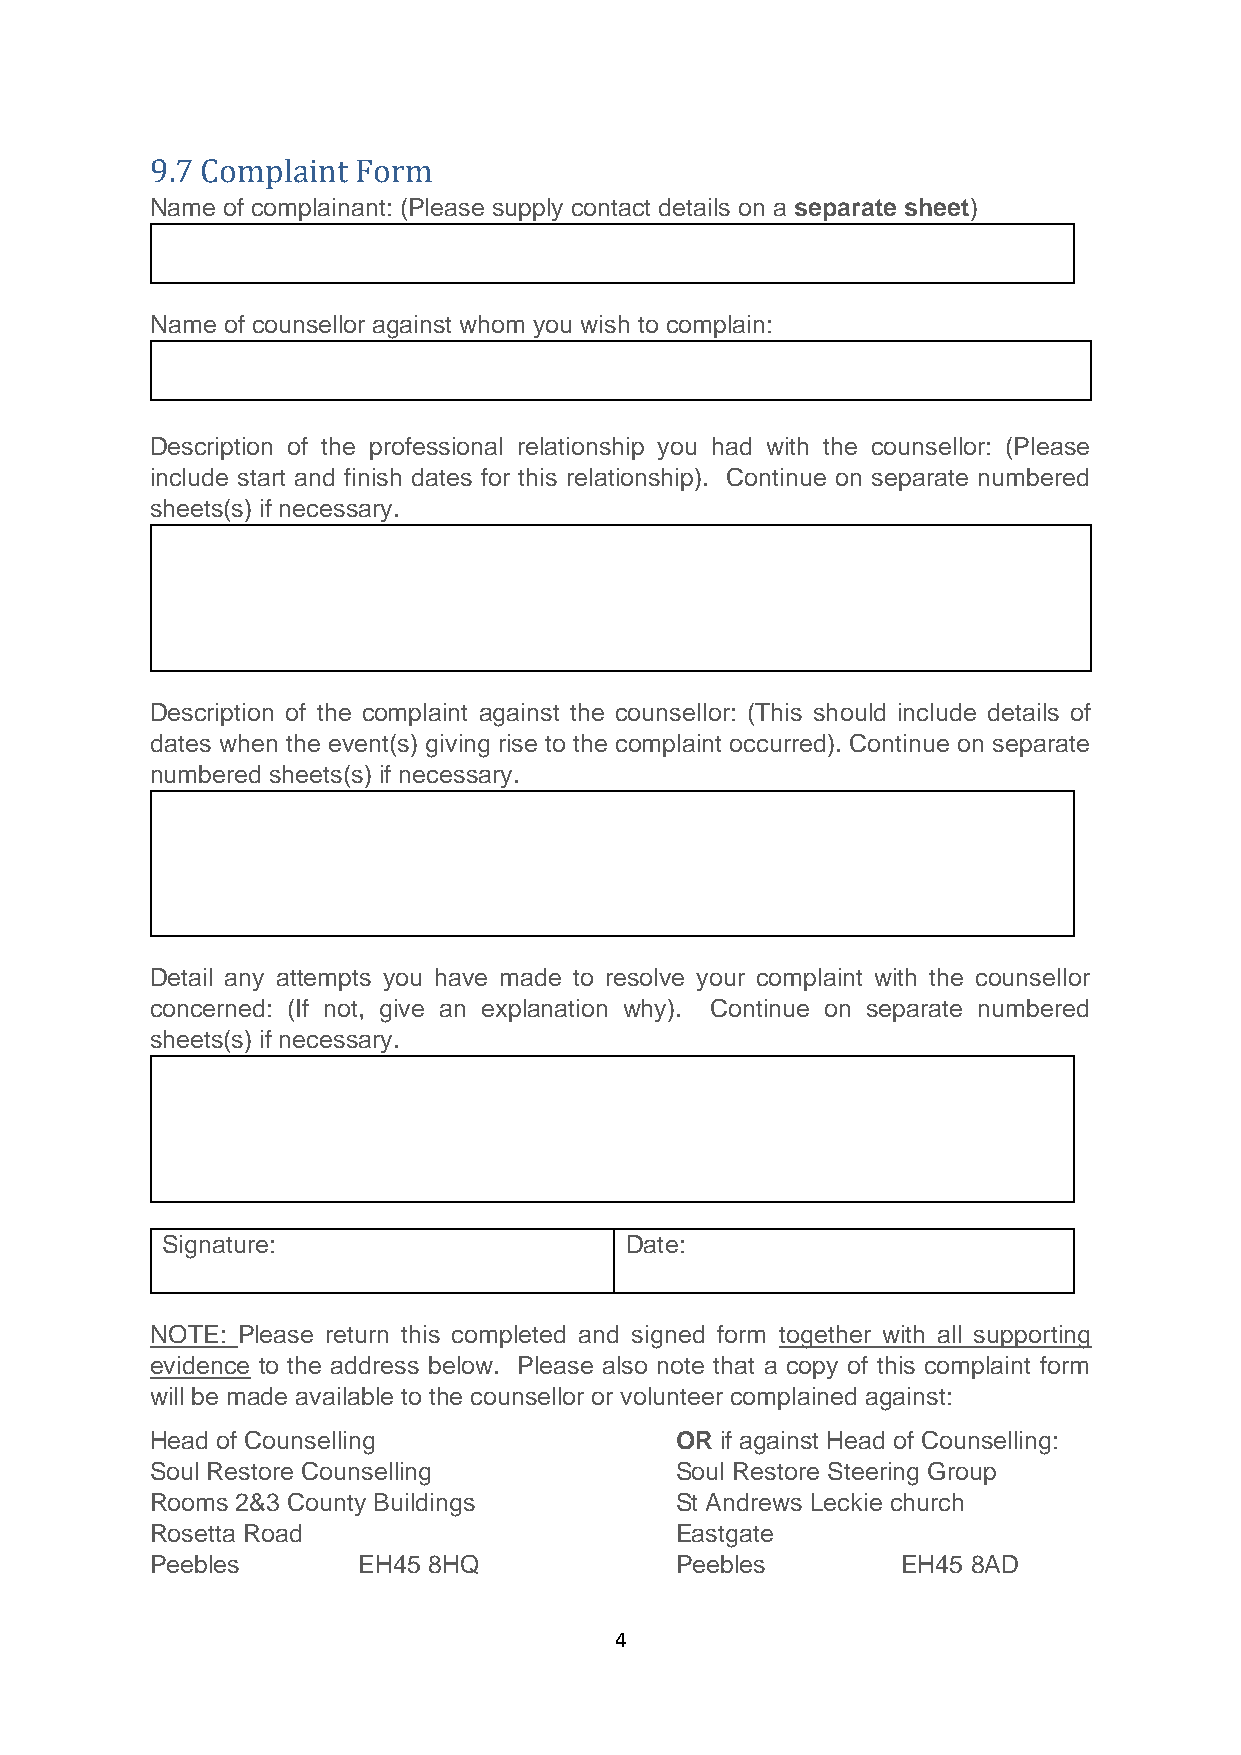
9.7 Complaint Form
 Name of complainant: (Please supply contact details on a separate sheet)
 Name of counsellor against whom you wish to complain:
 Description of the professional relationship you had with the counsellor: (Please
 include start and finish dates for this relationship). Continue on separate numbered
 sheets(s) if necessary.
 Description of the complaint against the counsellor: (This should include details of
 dates when the event(s) giving rise to the complaint occurred). Continue on separate
 numbered sheets(s) if necessary.
 Detail any attempts you have made to resolve your complaint with the counsellor
 concerned: (If not, give an explanation why). Continue on separate numbered
 sheets(s) if necessary.
 Signature:                    Date:
 NOTE: Please return this completed and signed form together with all supporting
 evidence to the address below. Please also note that a copy of this complaint form
 will be made available to the counsellor or volunteer complained against:
 Head of Counselling                OR if against Head of Counselling:
 Soul Restore Counselling           Soul Restore Steering Group
 Rooms 2&3 County Buildings         St Andrews Leckie church
 Rosetta Road                       Eastgate
 Peebles       EH45 8HQ             Peebles        EH45 8AD
 4